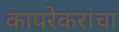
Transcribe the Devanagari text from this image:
कापरेकरांचा